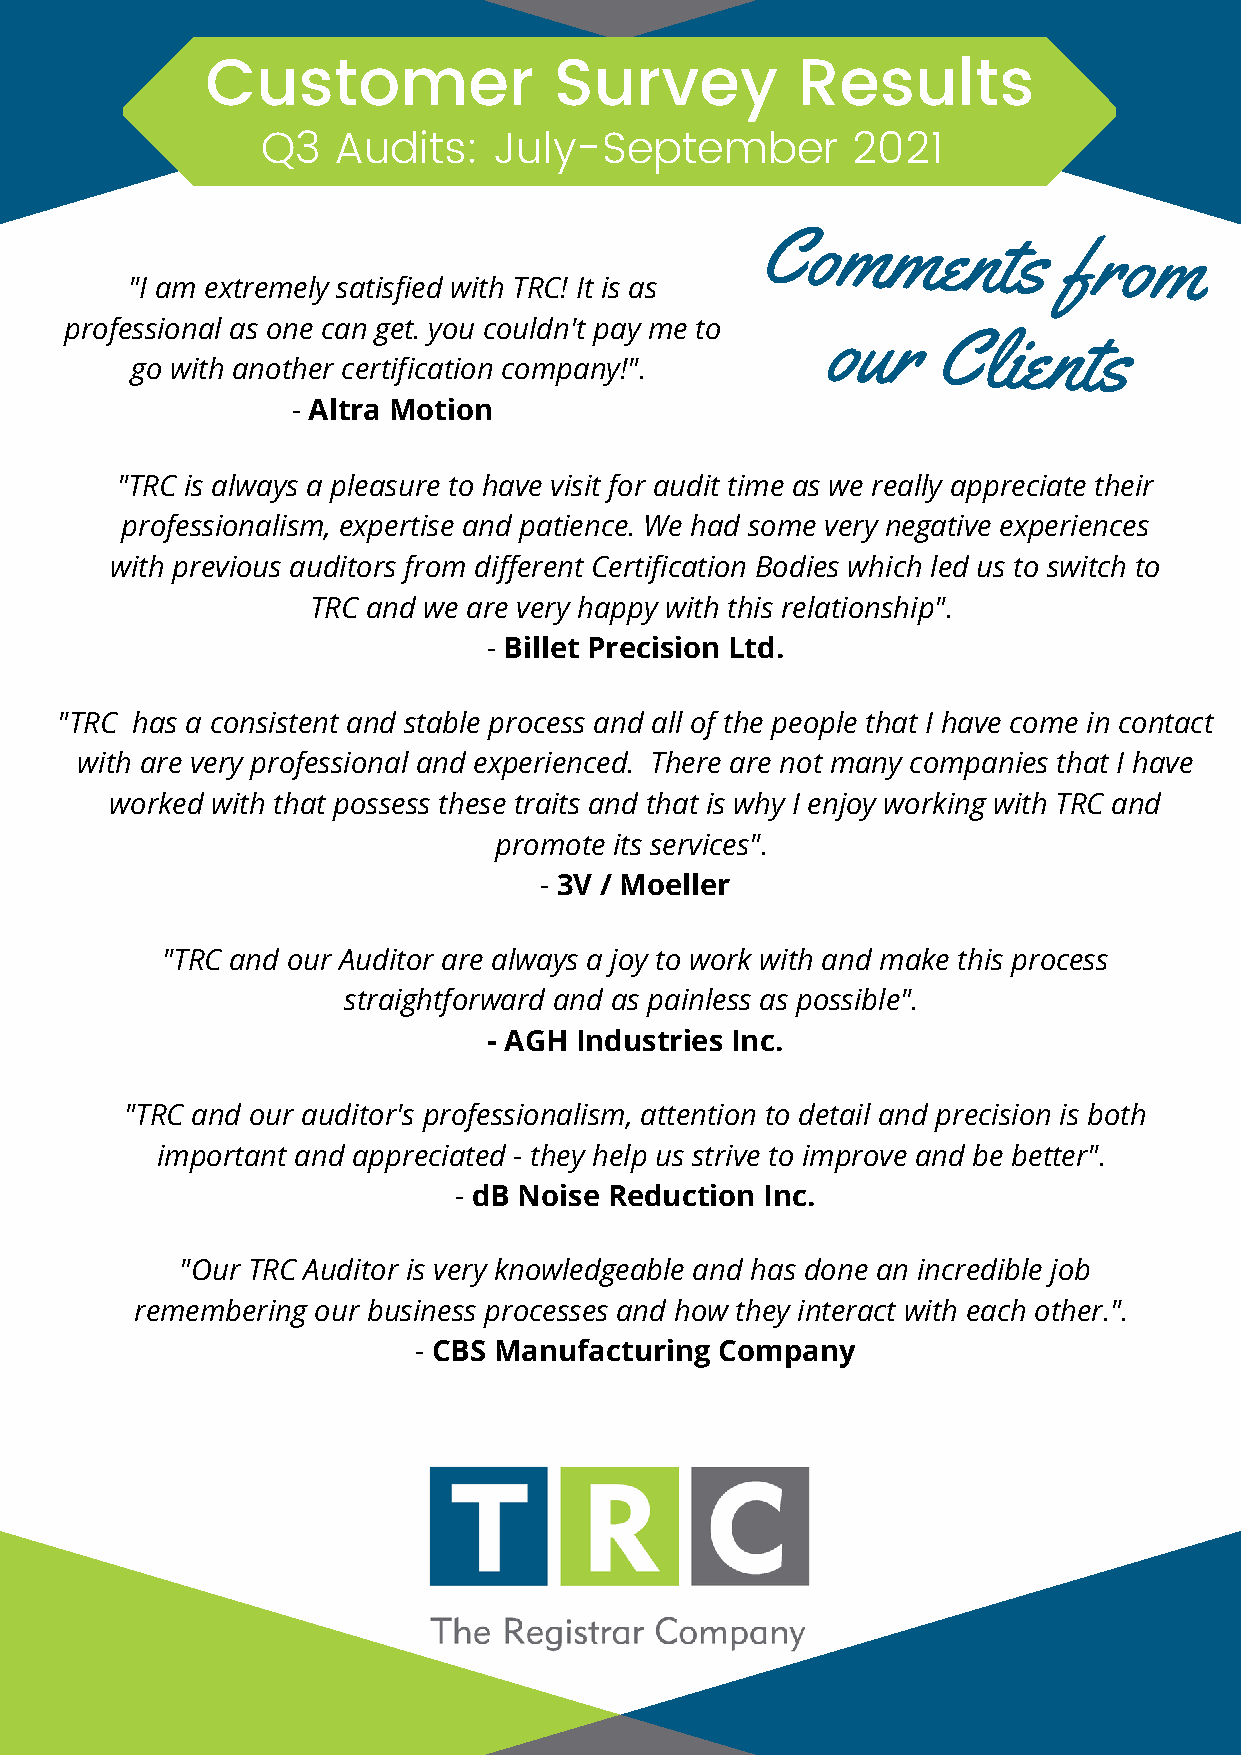
Customer               Survey          Results
 Q3   Audits:    July-September         2021
 Comments
 from
 "I am extremely satisfied with TRC! It is as
 professional as one can get. you couldn't pay me to our   Clients
 go with another certification company!".
 - Altra Motion
 "TRC is always a pleasure to have visit for audit time as we really appreciate their
 professionalism, expertise and patience. We had some very negative experiences
 with previous auditors from different Certification Bodies which led us to switch to
 TRC and we are very happy with this relationship".
 - Billet Precision Ltd.
 "TRC has a consistent and stable process and all of the people that I have come in contact
 with are very professional and experienced. There are not many companies that I have
 worked with that possess these traits and that is why I enjoy working with TRC and
 promote its services".
 - 3V / Moeller
 "TRC and our Auditor are always a joy to work with and make this process
 straightforward and as painless as possible".
 - AGH Industries Inc.
 "TRC and our auditor's professionalism, attention to detail and precision is both
 important and appreciated - they help us strive to improve and be better".
 - dB Noise Reduction Inc.
 "Our TRC Auditor is very knowledgeable and has done an incredible job
 remembering our business processes and how they interact with each other.".
 - CBS Manufacturing  Company